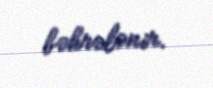
bəhrələnir.